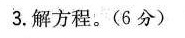
3. 解方程。(6分)